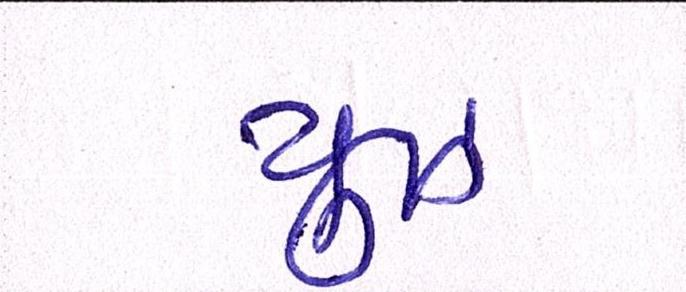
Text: યુઝ